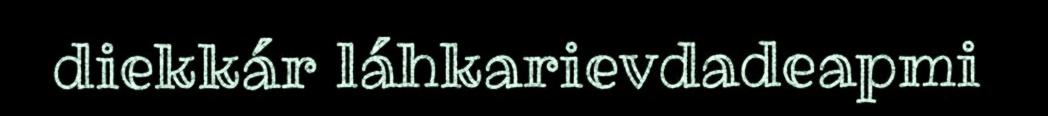
diekkár láhkarievdadeapmi